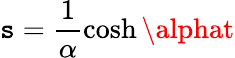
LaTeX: \mathtt{s}=\frac{{1}}{{\alpha}}\cosh\alphat